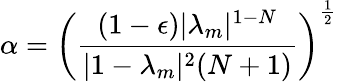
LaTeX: \alpha=\left(\frac{(1-\epsilon)|\lambda_{m}|^{1-N}}{|1-\lambda_{m}|^{2}(N+1)}\right)^{\frac{1}{2}}